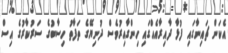
އެކަން ޗައިނާގައި ފުޅާ ދާއިރާއެއްގައި ހިންގާއިރުވެސް ދުނިޔޭގެ ތަފާތު ހިސާބުގެ ސަރުކާރުގެ އިސް